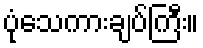
ပုံသေကားချပ်ကြီး။